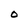
Character: O